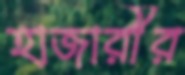
হাজারীর